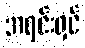
အရင်းရှင်